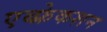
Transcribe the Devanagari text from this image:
एब्फ्रेकशन